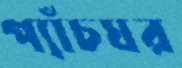
প্যাঁচঘর